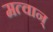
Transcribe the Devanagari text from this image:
मत्वान्